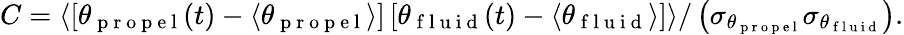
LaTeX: C=\langle\left[\theta_{\mathrm{~p~r~o~p~e~l~}}(t)-\langle\theta_{\mathrm{~p~r~o~p~e~l~}}\rangle\right]\left[\theta_{\mathrm{~f~l~u~i~d~}}(t)-\langle\theta_{\mathrm{~f~l~u~i~d~}}\rangle\right]\rangle/\left(\sigma_{\theta_{\mathrm{~p~r~o~p~e~l~}}}\sigma_{\theta_{\mathrm{~f~l~u~i~d~}}}\right).